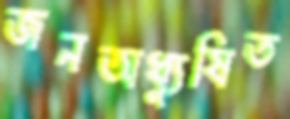
জনঅধ্যুষিত